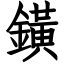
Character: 鐄